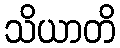
သိယာတိ